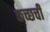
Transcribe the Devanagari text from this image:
कच्छची